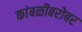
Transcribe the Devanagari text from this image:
कांबळीबरोबर